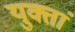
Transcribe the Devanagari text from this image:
युक्तां